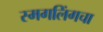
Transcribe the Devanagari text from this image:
स्मगलिंगचा